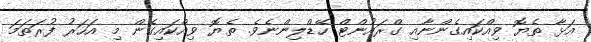
އަޅާ ތެޔޮ ވިއްކައިގެންނާއި ގްރައުންޓް ހޭޑްލިންނެވެ. ތެޔޮ ވިއްކައިގެން މި އަހަރު ފުރަތަމަ